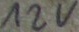
Text: 12V